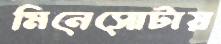
মিনেসোটায়